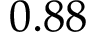
0 . 8 8